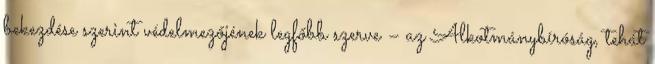
bekezdése szerint védelmezőjének legfőbb szerve – az Alkotmánybíróság, tehát